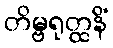
တိမ္ဗရုတ္ထနိံ